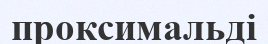
проксимальді